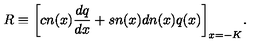
R \equiv \bigg [ c n ( x ) \frac { d q } { d x } + s n ( x ) d n ( x ) q ( x ) \bigg ] _ { x = - K } .